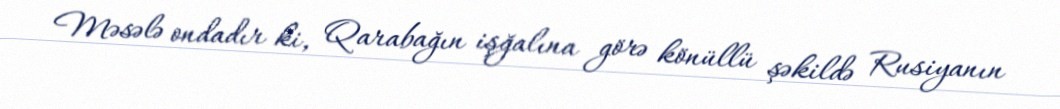
Məsələ ondadır ki, Qarabağın işğalına görə könüllü şəkildə Rusiyanın